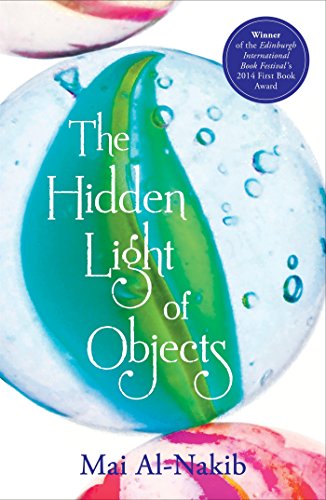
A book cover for The Hidden Light of Objects; Mai Al-Nakib; Science Fiction & Fantasy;